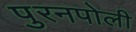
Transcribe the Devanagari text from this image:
पुरनपोली